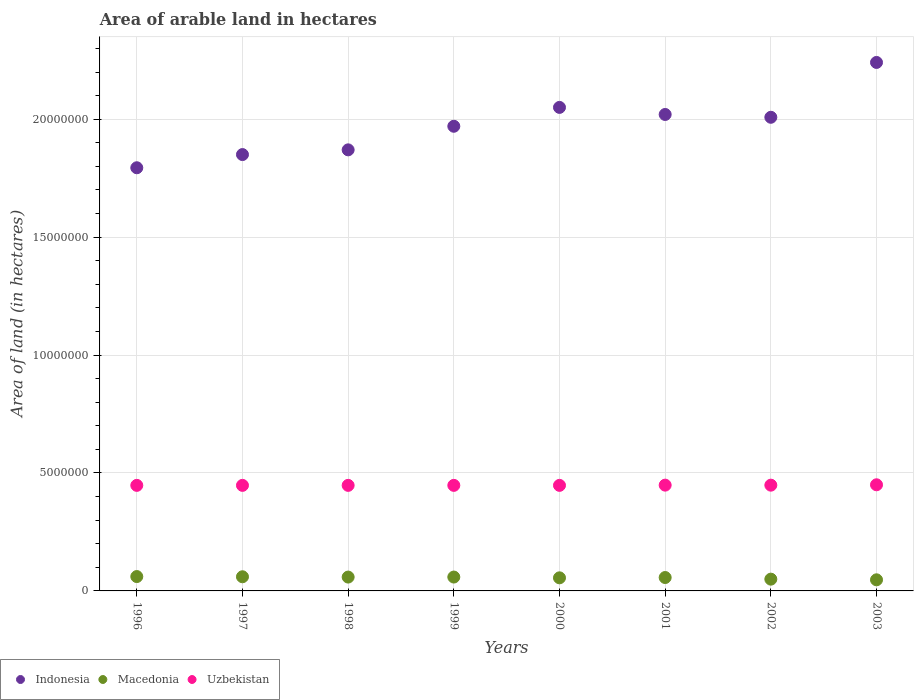
| Years | Indonesia | Macedonia | Uzbekistan |
 | --- | --- | --- | --- |
 | 1996 | 1.79e+07 | 6.09e+05 | 4.48e+06 |
 | 1997 | 1.85e+07 | 6e+05 | 4.48e+06 |
 | 1998 | 1.87e+07 | 5.87e+05 | 4.48e+06 |
 | 1999 | 1.97e+07 | 5.88e+05 | 4.48e+06 |
 | 2000 | 2.05e+07 | 5.55e+05 | 4.48e+06 |
 | 2001 | 2.02e+07 | 5.68e+05 | 4.48e+06 |
 | 2002 | 2.01e+07 | 4.99e+05 | 4.48e+06 |
 | 2003 | 2.24e+07 | 4.71e+05 | 4.5e+06 |